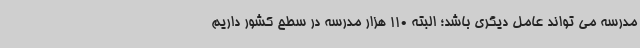
مدرسه می تواند عامل دیگری باشد؛ البته 110 هزار مدرسه در سطح کشور داریم